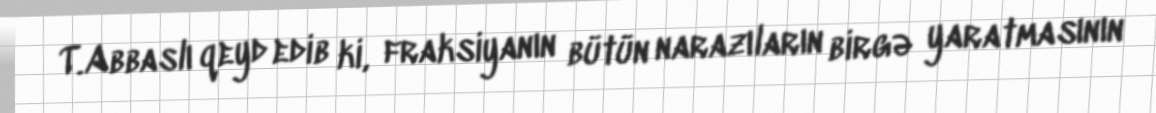
T.Abbaslı qeyd edib ki, fraksiyanın bütün narazıların birgə yaratmasının